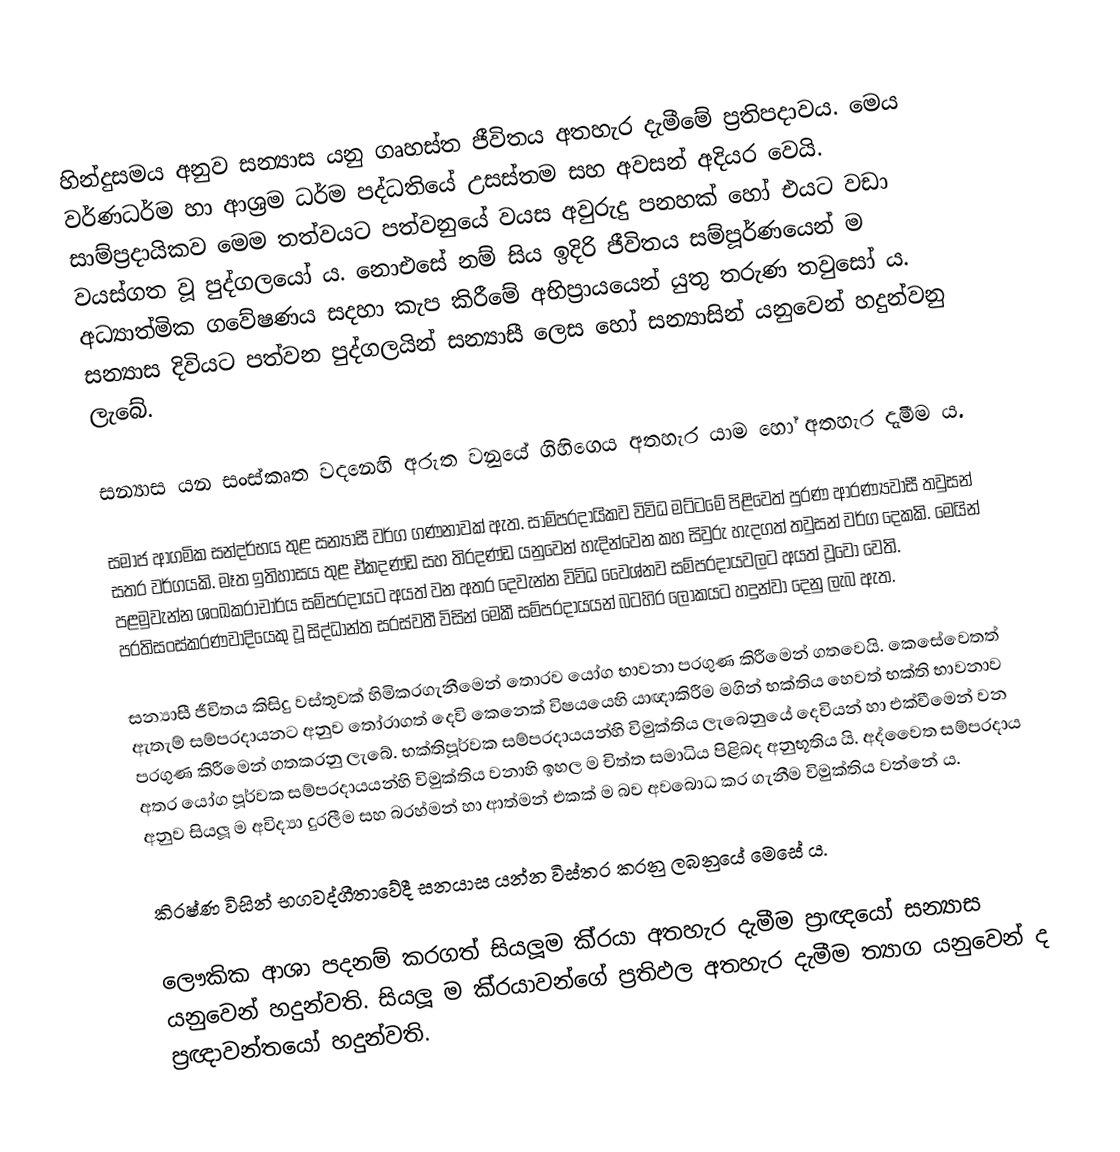
හින්දුසමය අනුව සන්‍යාස යනු ගෘහස්ත ජීවිතය අතහැර දැමීමේ ප‍්‍රතිපදාවය. මෙය වර්ණධර්ම හා ආශ‍්‍රම ධර්ම පද්ධතියේ උසස්තම සහ අවසන් අදියර වෙයි. සාම්ප‍්‍රදායිකව මෙම තත්වයට පත්වනුයේ වයස අවුරුදු පනහක් හෝ එයට වඩා වයස්ගත වූ පුද්ගලයෝ ය. නොඑසේ නම් සිය ඉදිරි ජීවිතය සම්පූර්ණයෙන් ම අධ්‍යාත්මික ගවේෂණය සදහා කැප කිරීමේ අභිප‍්‍රායයෙන් යුතු තරුණ තවුසෝ ය. සන්‍යාස දිවියට පත්වන පුද්ගලයින් සන්‍යාසී ලෙස හෝ සන්‍යාසින් යනුවෙන් හදුන්වනු ලැබේ.

සන්‍යාස යන සංස්කෘත වදනෙහි අරුත වනුයේ ගිහිගෙය අතහැර යාම හෝ අතහැර දැමීම ය.

සමාජ ආගමික සන්දර්භය තුළ සන්‍යාසී වර්ග ගණනාවක් ඇත. සාම්ප‍්‍රදායිකව විවිධ මට්ටමේ පිළිවෙත් පුරණ ආරණ්‍යවාසී තවුසන් සතර වර්ගයකි. මෑත ඉතිහාසය තුළ ඒකදණ්ඩ සහ ති‍්‍රදණ්ඩ යනුවෙන් හැදින්වෙන කහ සිවුරු හැදගත් තවුසන් වර්ග දෙකකි. මෙයින් පළමුවැන්න ශංඛකරාචාර්ය සම්ප‍්‍රදායට අයත් වන අතර  දෙවැන්න විවිධ වෛශ්නව සම්ප‍්‍රදායවලට අයත් වූවෝ වෙති. ප‍්‍රතිසංස්කරණවාදියෙකු වූ සිද්ධාන්ත සරස්වතී විසින් මෙකී සම්ප‍්‍රදායයන් බටහිර ලෝකයට හදුන්වා දෙනු ලැබ ඇත.

සන්‍යාසී ජීවිතය කිසිදු වස්තුවක් හිමිකරගැනීමෙන් තොරව යෝග භාවනා ප‍්‍රගුණ කිරීමෙන් ගතවෙයි. කෙසේවෙතත් ඇතැම් සම්ප‍්‍රදායනට අනුව තෝරාගත් දෙවි කෙනෙක් විෂයයෙහි යාඥාකිරීම මගින් භක්තිය හෙවත් භක්ති භාවනාව ප‍්‍රගුණ කිරීමෙන් ගතකරනු ලැබේ. භක්තිපූර්වක සම්ප‍්‍රදායයන්හි විමුක්තිය ලැබෙනුයේ දෙවියන් හා එක්වීමෙන් වන අතර යෝග පූර්වක සම්ප‍්‍රදායයන්හි විමුක්තිය වනාහි ඉහල ම චිත්ත සමාධිය පිළිබද අනුභූතිය යි. අද්වෛත සම්ප‍්‍රදාය අනුව සියලූ ම අවිද්‍යා දුරලීම සහ බ‍්‍රහ්මන් හා ආත්මන් එකක් ම බව අවබොධ කර ගැනීම විමුක්තිය වන්නේ ය.

කි‍්‍රෂ්ණ විසින් භගවද්ගීතාවේදී සනයාස යන්න විස්තර කරනු ලබනුයේ මෙසේ ය.

ලෞකික ආශා පදනම් කරගත් සියලූම කි‍්‍රයා අතහැර දැමීම ප‍්‍රාඥයෝ සන්‍යාස යනුවෙන් හදුන්වති. සියලූ ම කි‍්‍රයාවන්ගේ ප‍්‍රතිඵල අතහැර දැමීම ත්‍යාග යනුවෙන් ද ප‍්‍රඥාවන්තයෝ හදුන්වති.